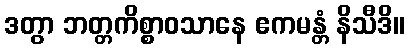
ဒတွာ ဘတ္တကိစ္စာဝသာနေ ဧကမန္တံ နိသီဒိ။